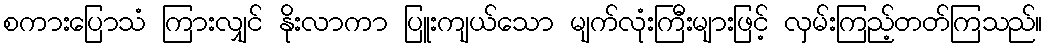
စကားပြောသံ ကြားလျှင် နိုးလာကာ ပြူးကျယ်သော မျက်လုံးကြီးများဖြင့် လှမ်းကြည့်တတ်ကြသည်။